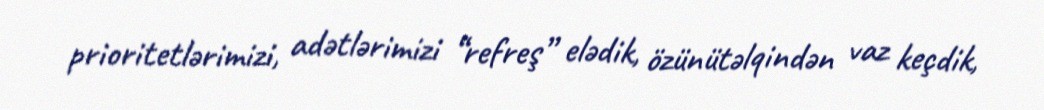
prioritetlərimizi, adətlərimizi “refreş” elədik, özünütəlqindən vaz keçdik,